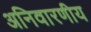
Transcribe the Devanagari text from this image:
अनिवारणीय